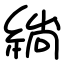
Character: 緔